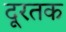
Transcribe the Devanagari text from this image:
दूरतक